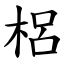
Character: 梠